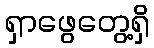
ရှာဖွေတွေ့ရှိ